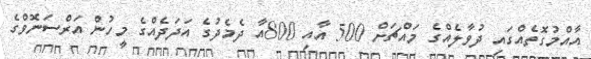
އާއްމުގޮތެއްގައި ދުވާލެއްގެ މައްޗަށް 500 އާއި 800އާ ދެމެދުގެ އަދަދެއްގެ މީހުން އަރްސަނޮވްގެ